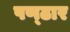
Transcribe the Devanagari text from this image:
पण्‍ढार